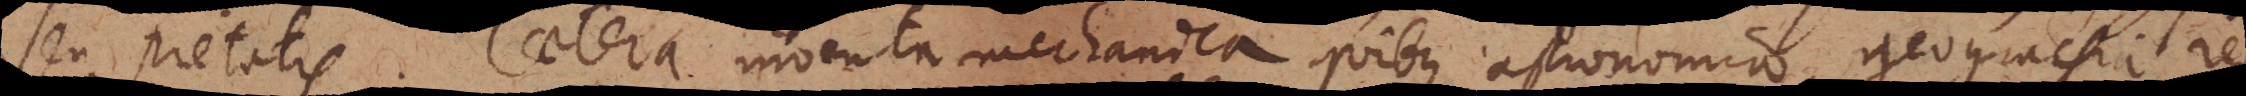
seu pietatis. Caetera inventa mechanica quibus astronomia, geograφia, res